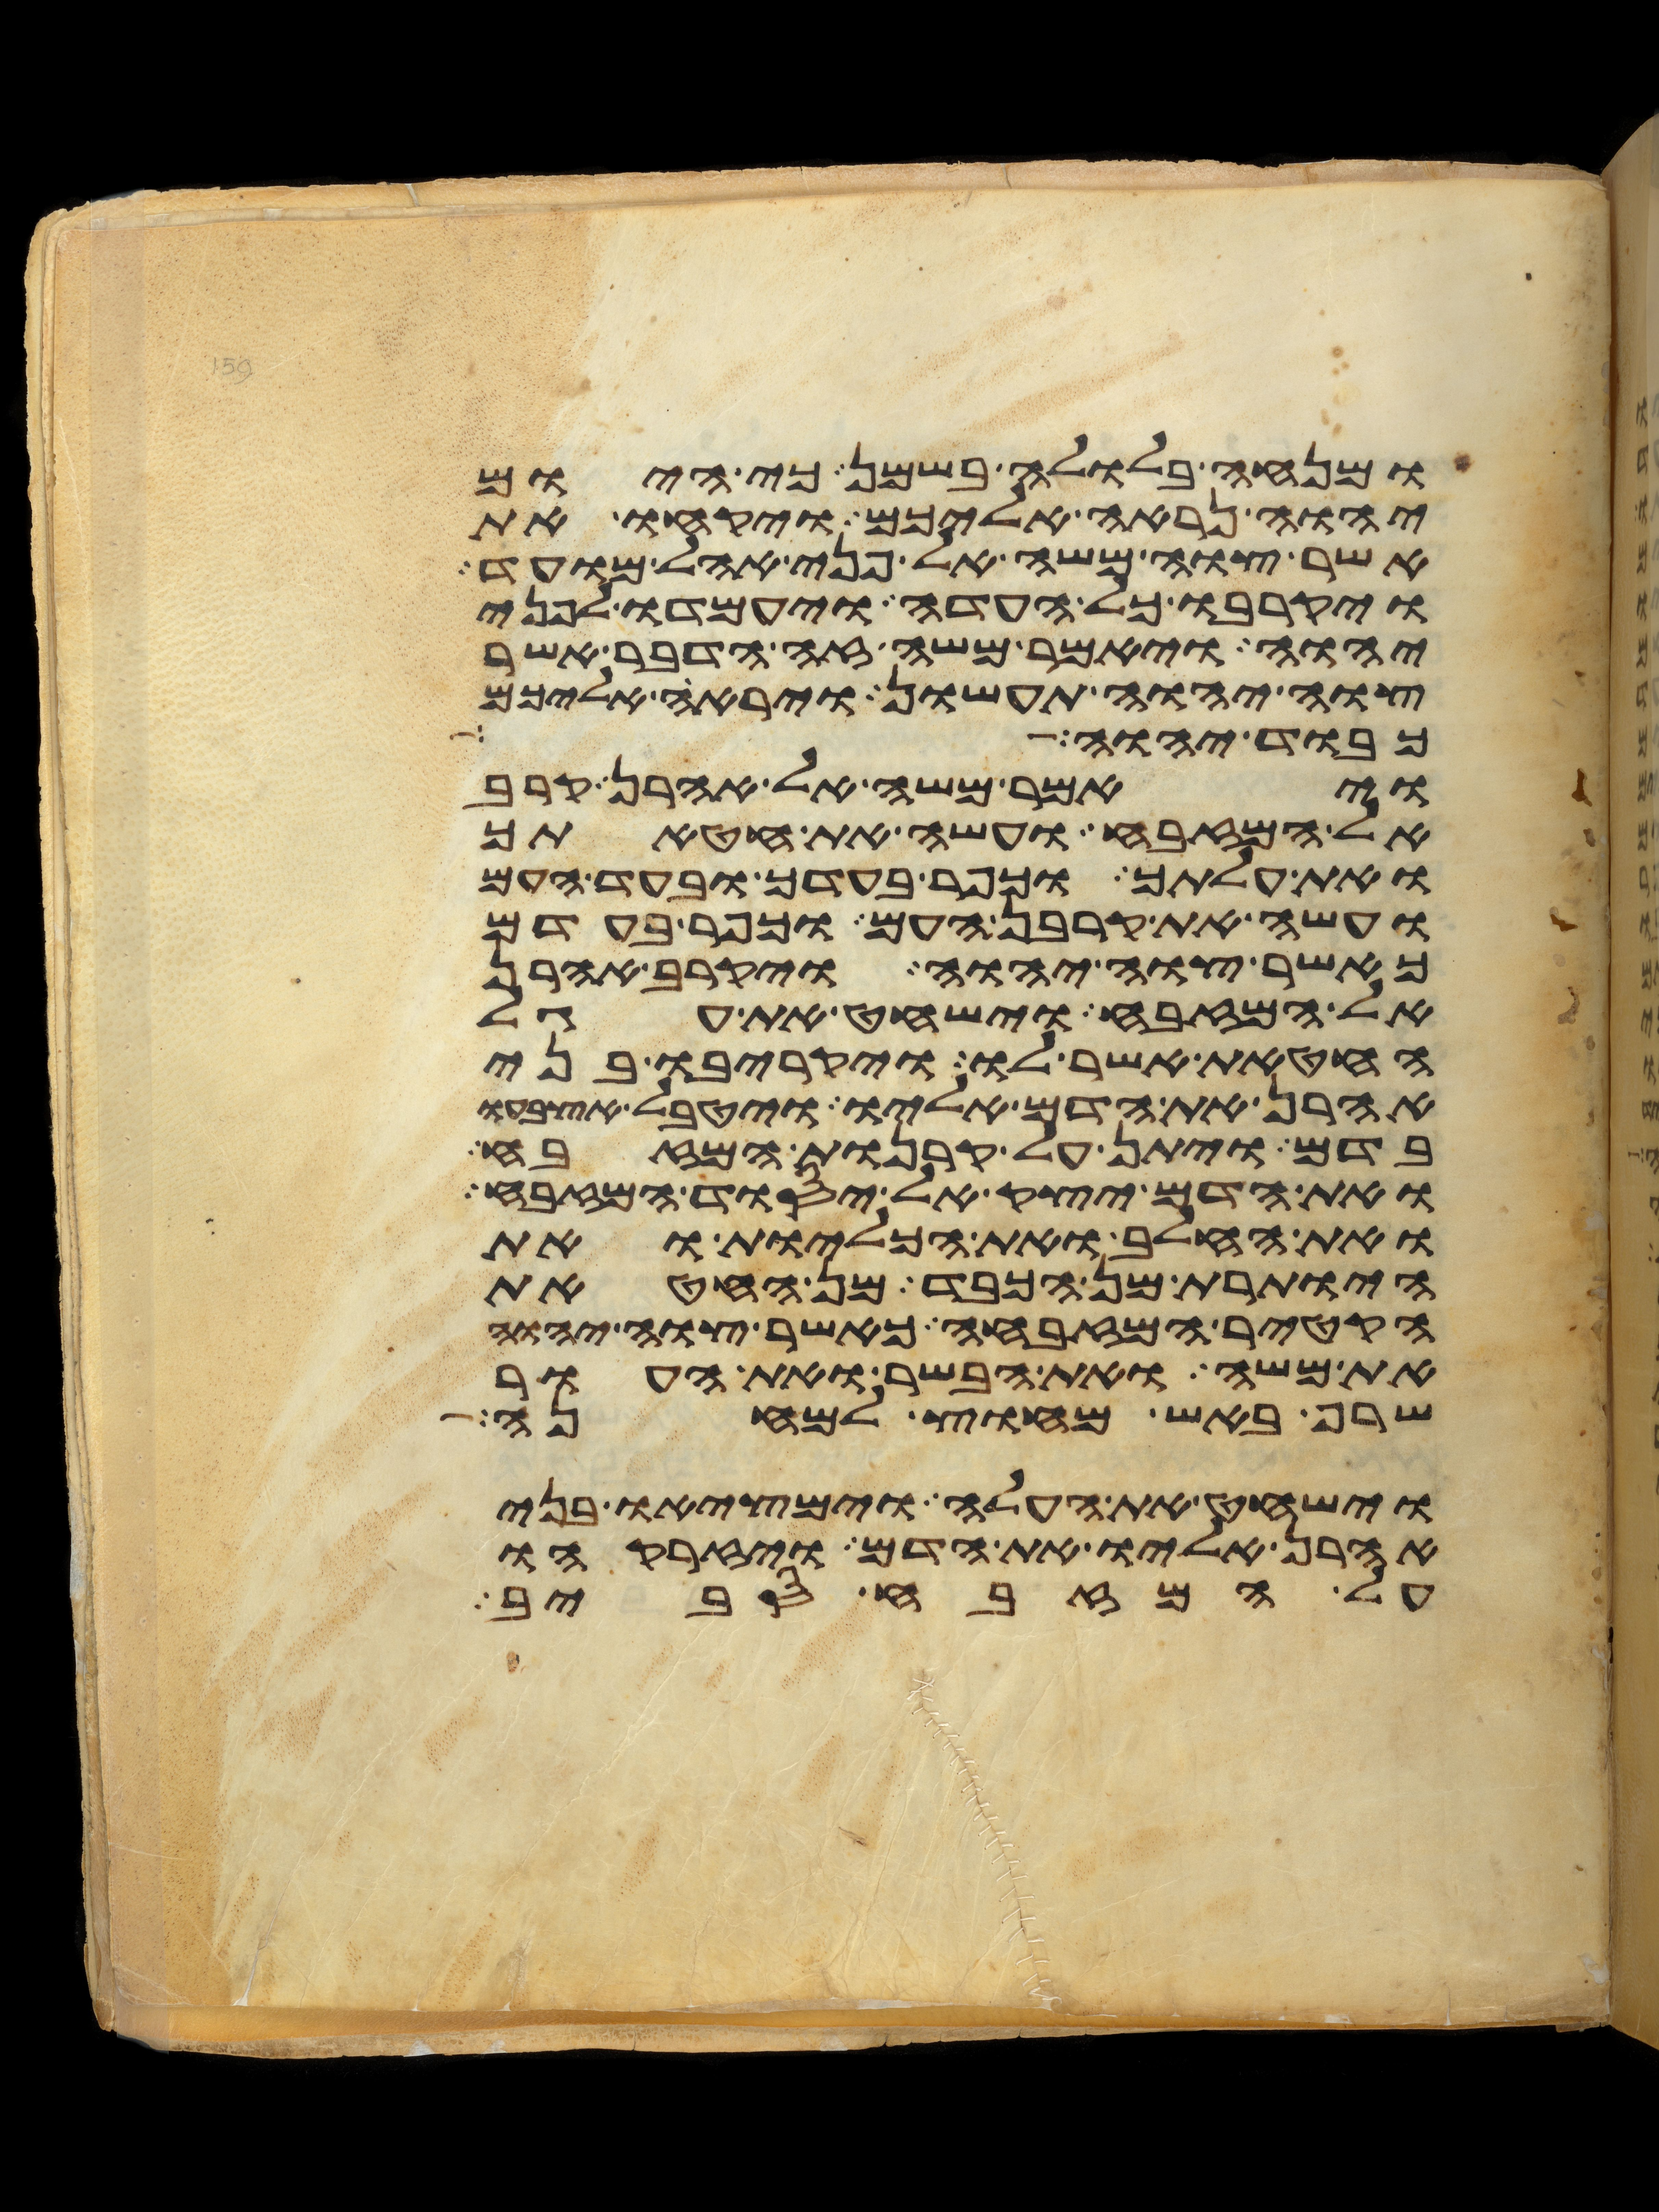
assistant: ומנחה בלולה בשמן כי היום
יהוה נראה אליכם ויקחו את
אשר צוה משה אל פני אהל מועד
ויקרבו כל העדה ויעמדו לפני
יהוה ויאמר משה זה הדבר אשר
צוה יהוה תעשון ויראה אליכם
כבוד יהוה
ויאמר משה אל אהרן קרב
אל המזבח ועשה את חטאתך
ואת עלתך וכפר בעדך ובעד העם
ועשה את קרבן העם וכפר בעדם
כאשר צוה יהוה ויקרב אהרן
אל המזבח וישחט את עגל
החטאת אשר לו ויקריבו בני
אהרן את הדם אליו ויטבל אצבעו
בדם ויתן על קרנות המזבח
ואת הדם יצק אל יסוד המזבח
ואת החלב ואת הכליות ואת
היותרת מן הכבד מן החטאת
הקטיר המזבחה כאשר צוה יהוה
את משה ואת הבשר ואת העור
שרף באש מחוץ למחנה
וישחט את העלה וימציאו בני
אהרן אליו את הדם ויזרקהו
על המזבח סביב